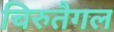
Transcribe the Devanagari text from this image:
चिरुतैगल